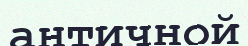
античной